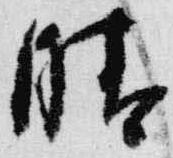
晴